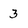
Character: 3